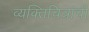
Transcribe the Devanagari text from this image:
व्यक्तिचित्रांची